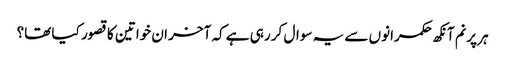
ہر پرنم آنکھ حکمرانوں سے یہ سوال کر رہی ہے کہ آخر ان خواتین کا قصور کیا تھا؟